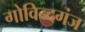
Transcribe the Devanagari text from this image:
गोविन्‍दगंज